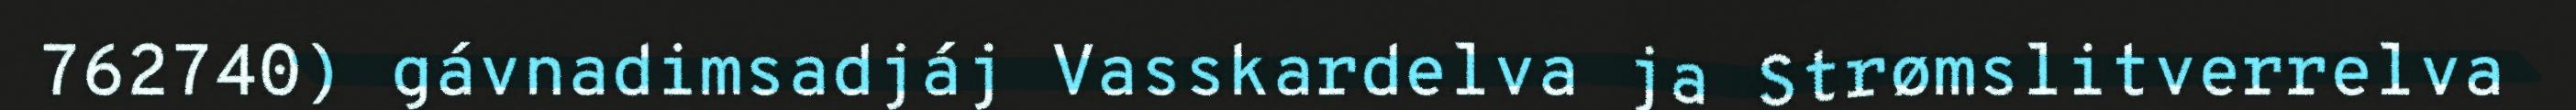
762740) gávnadimsadjáj Vasskardelva ja Strømslitverrelva